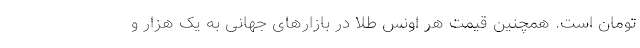
تومان است. همچنین قیمت هر اونس طلا در بازار‌های جهانی به یک هزار و